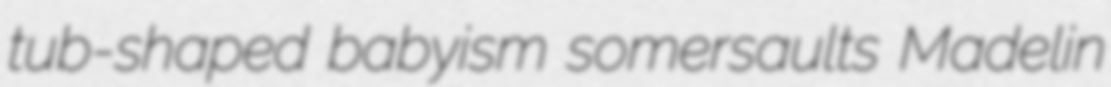
tub-shaped babyism somersaults Madelin